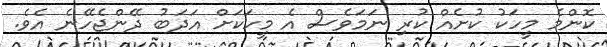
ކޮންމެ މީހަކު ކުށެއް ކުރި ނަމަވެސް އެ މީހަކަށް އަދަބު ދޭންޖެހޭނެ އެވެ.